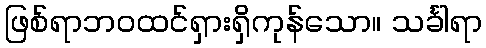
ဖြစ်ရာဘဝထင်ရှားရှိကုန်သော။ သင်္ခါရာ